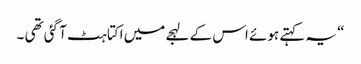
“ یہ کہتے ہوئے اس کے لہجے میں اکتاہٹ آ گئی تھی ۔